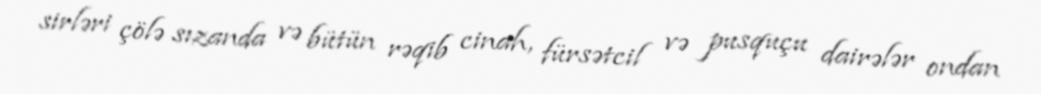
sirləri çölə sızanda və bütün rəqib cinah, fürsətcil və pusquçu dairələr ondan